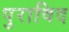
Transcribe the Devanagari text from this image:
पुराविद